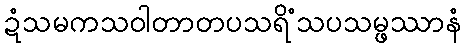
ဍံသမကသဝါတာတပသရိံသပသမ္ဖဿာနံ